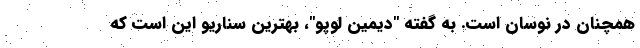
همچنان در نوسان است. به گفته "دیمین لوپو"، بهترین سناریو این است که